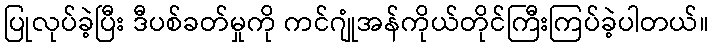
ပြုလုပ်ခဲ့ပြီး ဒီပစ်ခတ်မှုကို ကင်ဂျုံအန်ကိုယ်တိုင်ကြီးကြပ်ခဲ့ပါတယ်။